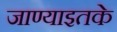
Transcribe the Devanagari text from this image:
जाण्याइतके